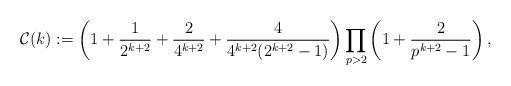
LaTeX: \begin{align*}\mathcal{C}(k):= \left(1+\frac{1}{2^{k+2}}+\frac{2}{4^{k+2}}+ \frac{4}{4^{k+2}(2^{k+2}-1)}\right)\prod_{p>2}\left(1+ \frac{2}{p^{k+2}-1}\right),\end{align*}